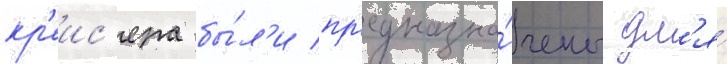
кр'еис'ера бы́л'и пр'едназна́чены дл'я́